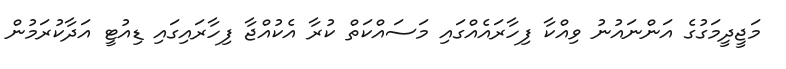
މަޖީދީމަގުގެ އަންނައުނު ވިއްކާ ފިހާރައެއްގައި މަސައްކަތް ކުރާ އެކުއްޖާ ފިހާރައިގައި ޑިއުޓީ އަދާކުރަމުން